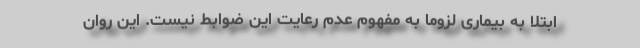
ابتلا به بیماری لزوما به مفهوم عدم رعایت این ضوابط نیست. این روان